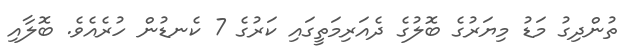
ތުންދިގު މަޑު މިޔަރުގެ ބޮލުގެ ދެއަރިމަތީގައި ކަރުގެ 7 ކެނޑުން ހުރެއެވެ. ބޮލާއި